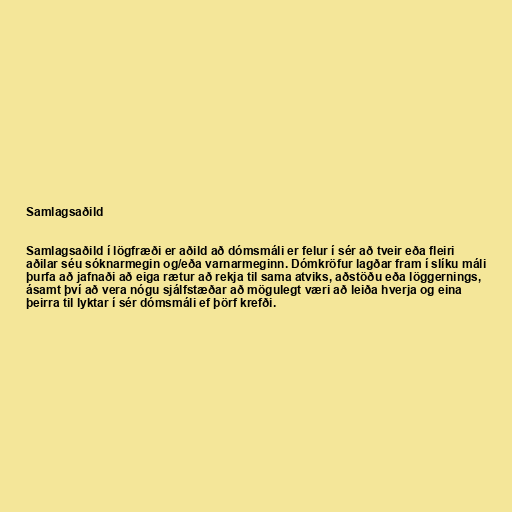
Samlagsaðild

Samlagsaðild í lögfræði er aðild að dómsmáli er felur í sér að tveir eða fleiri
aðilar séu sóknarmegin og/eða varnarmeginn. Dómkröfur lagðar fram í slíku máli
þurfa að jafnaði að eiga rætur að rekja til sama atviks, aðstöðu eða löggernings,
ásamt því að vera nógu sjálfstæðar að mögulegt væri að leiða hverja og eina
þeirra til lyktar í sér dómsmáli ef þörf krefði.